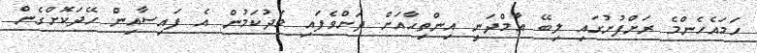
ހަމައެހެންމެ ރަށްފުށުގައި ލިބޭ އާމްދަނީ އިންތިހާއަށް ދަށްވެފައި މަދުކަމުން އެ ފައިސާއިން ހޭދަކޮށްގެން